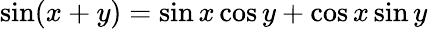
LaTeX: \sin(x+y)=\sin{x}\cos y+\cos x\sin y